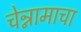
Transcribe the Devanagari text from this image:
चेन्नामाचा